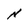
Character: N